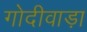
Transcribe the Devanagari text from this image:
गोदीवाड़ा